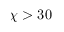
\chi > 3 0